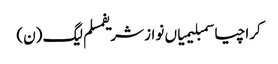
کراچیاسمبلیمیاں نواز شریفمسلم لیگ (ن)